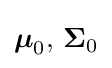
{\boldsymbol {\boldsymbol {\mu }}}_{0},\,{\boldsymbol {\Sigma }}_{0}